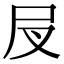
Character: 𡰫